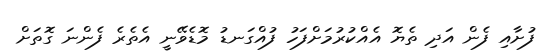
ފުށާއި ފެން އަދި ތެޔޮ އެއްކުރުމަށްފަހު ފުއްގަނޑު މޮޑެވޭނީ އެތެރެ ފެންނަ ގޮތަށް